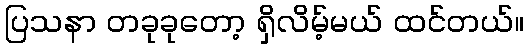
ပြသနာ တခုခုတော့ ရှိလိမ့်မယ် ထင်တယ်။